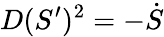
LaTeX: D(S^{\prime})^{2}=-\dot{S}